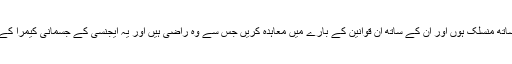
پالیسی سازوں کو لازم ہے کہ وہ کمیونٹیز کے ساتھ منسلک ہوں اور ان کے ساتھ ان قوانین کے بارے میں معاہدہ کریں جس سے وہ راضی ہیں اور یہ ایجنسی کے جسمانی کیمرا کے استعمال پر حکومت کی حکمرانی کیسے ہوگی۔